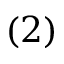
( 2 )